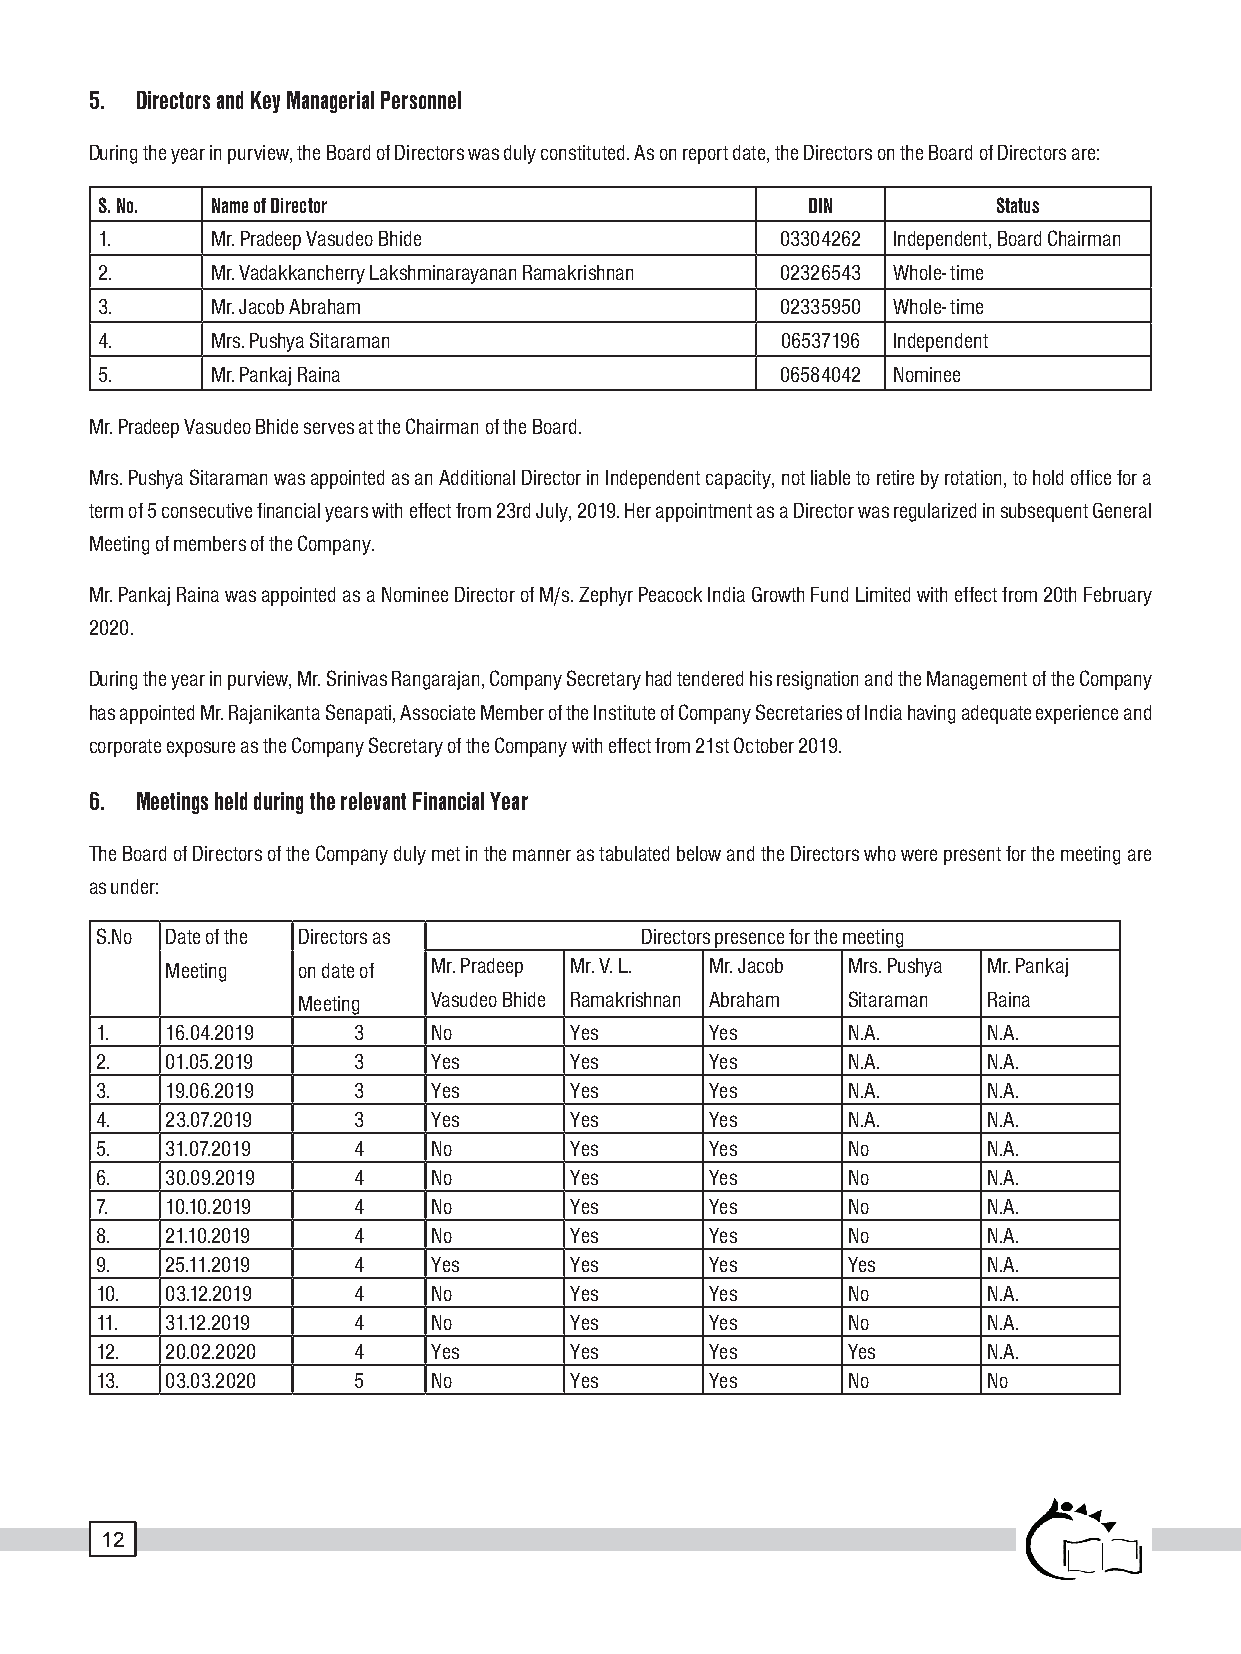
5. Directors and Key Managerial Personnel
 During the year in purview, the Board of Directors was duly constituted. As on report date, the Directors on the Board of Directors are:
 S. No.  Name of Director                       DIN          Status
 1.      Mr. Pradeep Vasudeo Bhide             03304262 Independent, Board Chairman
 2.      Mr. Vadakkancherry Lakshminarayanan Ramakrishnan 02326543 Whole- time
 3.      Mr. Jacob Abraham                     02335950 Whole- time
 4.      Mrs. Pushya Sitaraman                 06537196 Independent
 5.      Mr. Pankaj Raina                      06584042 Nominee
 Mr. Pradeep Vasudeo Bhide serves at the Chairman of the Board.
 Mrs. Pushya Sitaraman was appointed as an Additional Director in Independent capacity, not liable to retire by rotation, to hold office for a
 term of 5 consecutive financial years with effect from 23rd July, 2019. Her appointment as a Director was regularized in subsequent General
 Meeting of members of the Company.
 Mr. Pankaj Raina was appointed as a Nominee Director of M/s. Zephyr Peacock India Growth Fund Limited with effect from 20th February
 2020.
 During the year in purview, Mr. Srinivas Rangarajan, Company Secretary had tendered his resignation and the Management of the Company
 has appointed Mr. Rajanikanta Senapati, Associate Member of the Institute of Company Secretaries of India having adequate experience and
 corporate exposure as the Company Secretary of the Company with effect from 21st October 2019.
 6. Meetings held during the relevant Financial Year
 The Board of Directors of the Company duly met in the manner as tabulated below and the Directors who were present for the meeting are
 as under:
 S.No Date of the Directors as       Directors presence for the meeting
 Meeting  on date of Mr. Pradeep Mr. V. L. Mr. Jacob Mrs. Pushya Mr. Pankaj
 Meeting  Vasudeo Bhide Ramakrishnan Abraham Sitaraman Raina
 1.   16.04.2019  3     No       Yes      Yes      N.A.     N.A.
 2.   01.05.2019  3     Yes      Yes      Yes      N.A.     N.A.
 3.   19.06.2019  3     Yes      Yes      Yes      N.A.     N.A.
 4.   23.07.2019  3     Yes      Yes      Yes      N.A.     N.A.
 5.   31.07.2019  4     No       Yes      Yes      No       N.A.
 6.   30.09.2019  4     No       Yes      Yes      No       N.A.
 7.   10.10.2019  4     No       Yes      Yes      No       N.A.
 8.   21.10.2019  4     No       Yes      Yes      No       N.A.
 9.   25.11.2019  4     Yes      Yes      Yes      Yes      N.A.
 10.  03.12.2019  4     No       Yes      Yes      No       N.A.
 11.  31.12.2019  4     No       Yes      Yes      No       N.A.
 12.  20.02.2020  4     Yes      Yes      Yes      Yes      N.A.
 13.  03.03.2020  5     No       Yes      Yes      No       No
 12